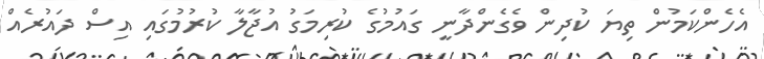
އެހެންކަމުން ތިޔަ ކުދިން ވެގެންދާނީ ގައުމުގެ ކުރިމަގު އުޖާލާ ކުރުމުގައި އިސް ދައުރެއް